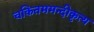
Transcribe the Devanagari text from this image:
चकितममन्दीकृत्य